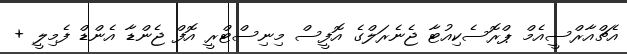
އެޗްއާރްސީއެމް ޕްރޮސެކިއުޓާ ޖެނެރަލްގެ އޮފީސް މިނިސްޓްރީ އޮފް ޖެންޑާ އެންޑް ފެމިލީ +